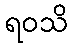
ရဝသိ